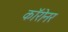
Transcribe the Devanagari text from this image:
कॉरोनर